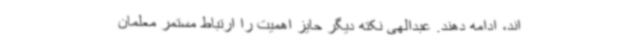
اند، ادامه دهند. عبدالهی نکته دیگر حایز اهمیت را ارتباط مستمر معلمان